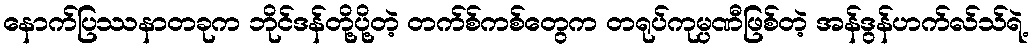
နောက်ပြဿနာတခုက ဘိုင်ဒန်တို့ပို့တဲ့ တက်စ်ကစ်တွေက တရုပ်ကုမ္ပဏီဖြစ်တဲ့ အန်ဒွန်ဟက်လ်သ်ရဲ့